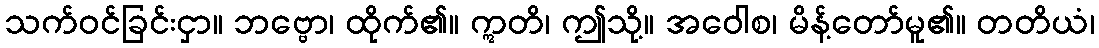
သက်ဝင်ခြင်းငှာ။ ဘဗ္ဗော၊ ထိုက်၏။ ဣတိ၊ ဤသို့။ အဝေါစ၊ မိန့်တော်မူ၏။ တတိယံ၊